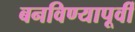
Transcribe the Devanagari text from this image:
बनविण्यापूर्वी